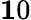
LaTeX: \le 10